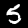
Digit: 5